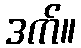
ဒက်။